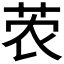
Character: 𫇽